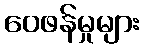
ဝေဖန်မှုများ